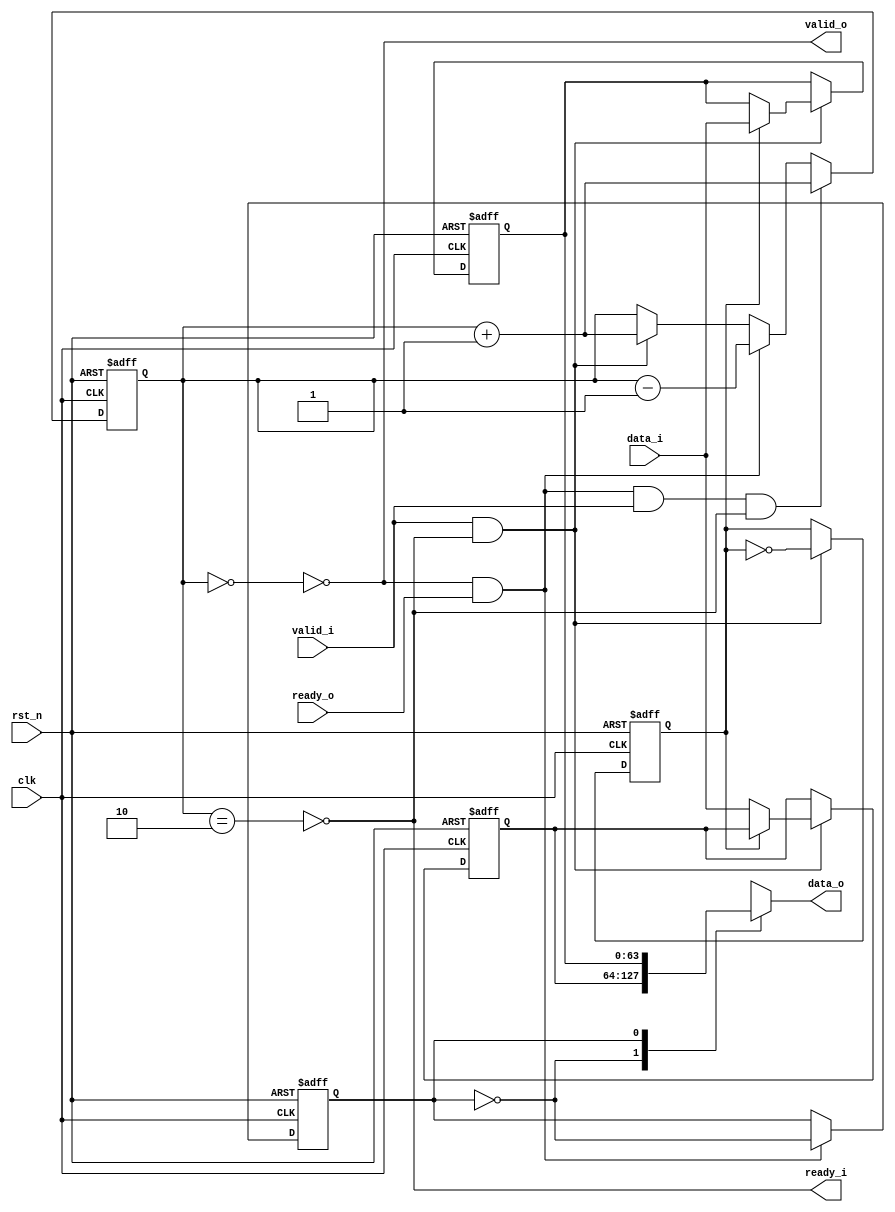
module flow_control_buffer #(
    parameter DATA_WIDTH   = 64,
    parameter BUFFER_DEPTH = 2
) (
    input                   clk     ,
    input                   rst_n   ,
    //connect to axi_slave
    input  [DATA_WIDTH-1:0] data_i  ,
    input                   valid_i ,
    output                  ready_i ,
    //connect to array_ctl
    output                  valid_o ,
    output [DATA_WIDTH-1:0] data_o  ,
    input                   ready_o
);

    reg  [DATA_WIDTH-1:0] buffer_reg [0:BUFFER_DEPTH-1];
    reg                   ptr_wr    ;
    reg                   ptr_rd    ;
    reg  [1:0]            count     ;

    wire                  empty     ;
    wire                  full      ;
    wire                  wr_en     ;
    wire                  rd_en     ;
                
    always @(posedge clk or negedge rst_n) begin
        if(!rst_n)
            ptr_wr <= 1'd0;
        else if(wr_en && ~full)
            ptr_wr <= ~ptr_wr;
        else
        	ptr_wr <= ptr_wr;
    end

    always @(posedge clk or negedge rst_n) begin
        if(!rst_n)
            ptr_rd <= 1'd0;
        else if(~empty && rd_en)
            ptr_rd <= ~ptr_rd;
    end

    always @(posedge clk or negedge rst_n) begin
        if(!rst_n)
            count <= 2'd0;
        else if(~empty && rd_en && wr_en && ~full)
            count <= count + 1'd1;
        else if(~empty && rd_en)
            count <= count - 1'd1;
        else if(wr_en && ~full)
            count <= count + 1'd1;
    end

    assign full = count==2'd2;
    assign empty = count==2'd0;

    always @(posedge clk or negedge rst_n) begin
        if(!rst_n) begin
            buffer_reg[0] <= {DATA_WIDTH{1'd0}};
            buffer_reg[1] <= {DATA_WIDTH{1'd0}};
        end
        else if(wr_en && ~full)
            buffer_reg[ptr_wr] <= data_i;
    end

    assign data_o = buffer_reg[ptr_rd];

    assign ready_i = ~full;
    assign wr_en = valid_i;

    assign valid_o = ~empty;
    assign rd_en = ready_o;

endmodule